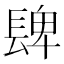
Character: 𨲋